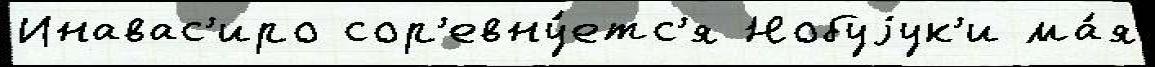
Инавас'иро сор'евну́етс'я Нобуjук'и ма́я